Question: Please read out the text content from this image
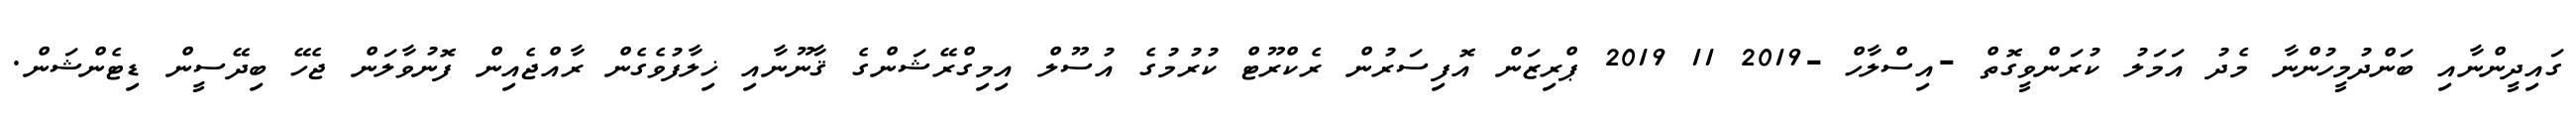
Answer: ގައިދީންނާއި ބަންދުމީހުންނާ މެދު އަމަލު ކުރަންވީގޮތް -އިސްލާހް -2019 11 2019 ޕްރިޒަން އޮފިސަރުން ރެކްރޫޓް ކުރުމުގެ އުސޫލް އިމިގްރޭޝަންގެ ޤާނޫނާއި ޚިލާފުވެގެން ރާއްޖެއިން ފޮނުވާލަން ޖެހޭ ބިދޭސީން ޑިޓެންޝަން.